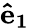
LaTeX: \mathbf{\hat{e}_{1}}